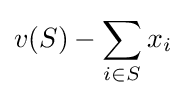
v(S)-\sum _{i\in S}x_{i}